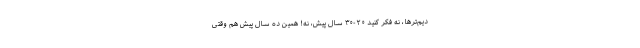
دیم‌تر‌ها، نه فکر کنید ۲۰-۳۰ سال پیش، نه! همین ده سال پیش هم وقتی